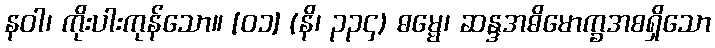
နဝါ၊ ကိုးပါးကုန်သော။ [၀၁] (နိ၊ ၃၃၄) ဓမ္မေ၊ ဆန္ဒအဓိမောက္ခအစရှိသော